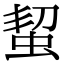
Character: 蛪